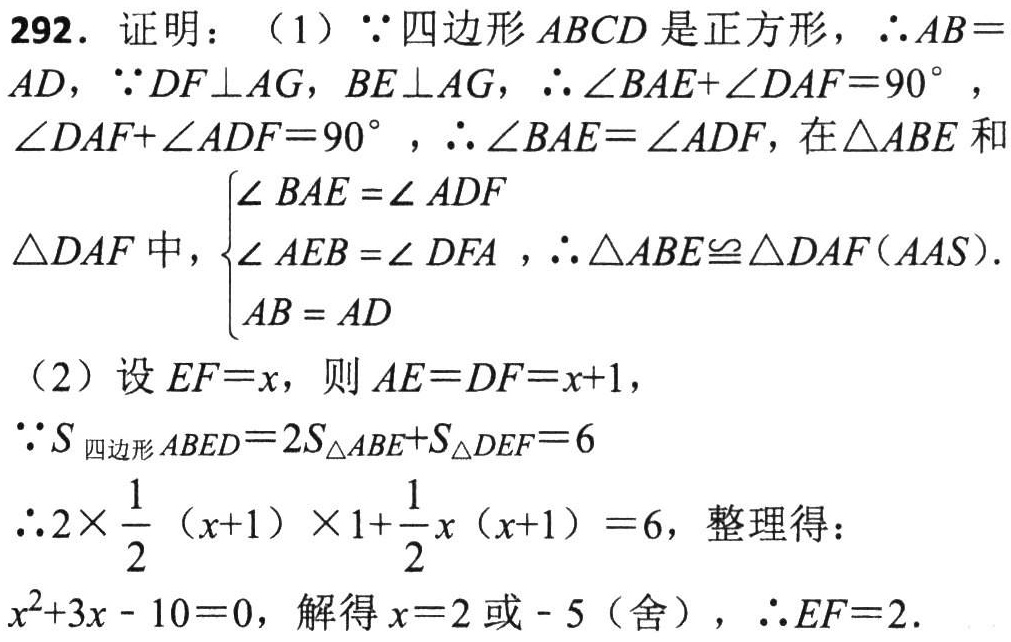
292. 证明：

（1）$\because$ 四边形 $ABCD$ 是正方形，$\therefore AB = AD$，$\because DF\perp AG$，$BE\perp AG$，$\therefore \angle BAE+\angle DAF = 90^{\circ}$，$\angle DAF+\angle ADF = 90^{\circ}$，$\therefore \angle BAE=\angle ADF$，在 $\triangle ABE$ 和 $\triangle DAF$ 中，$\begin{cases}\angle BAE=\angle ADF\\\angle AEB=\angle DFA\\AB = AD\end{cases}$，$\therefore \triangle ABE\cong\triangle DAF(AAS)$.

（2）设 $EF = x$，则 $AE = DF = x + 1$，

$\because S_{四边形ABED}=2S_{\triangle ABE}+S_{\triangle DEF}=6$

$\therefore 2\times\frac{1}{2}(x + 1)\times1+\frac{1}{2}x(x + 1)=6$，整理得：

$x^{2}+3x - 10 = 0$，解得 $x = 2$ 或 $-5$（舍），$\therefore EF = 2$.